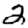
Digit: 2